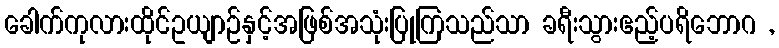
ခေါက်ကုလားထိုင်ဥယျာဉ်နှင့်အဖြစ်အသုံးပြုကြသည်သာ ခရီးသွားဧည့်ပရိဘောဂ ,